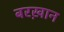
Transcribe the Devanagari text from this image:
बरख़ान